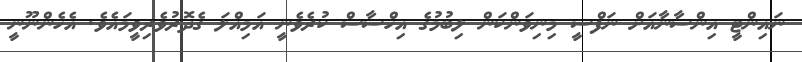
ނައިންޓީ އިންސާނާއަށް ނަފްސީ މިނިވަންކަން ލިބުމުގެ އިހްސާސް ކުރެވެނީ އަމިއްލަ ގެދޮރުވެރިވީމައެވެ. އެހެންނޫނީ